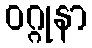
ဝဂ္ဂုနာ